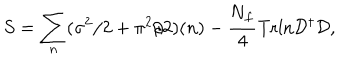
S = \sum _ { n } ( \sigma ^ { 2 } / 2 + \pi ^ { 2 } / 2 ) ( n ) - \frac { \mathrm { N } _ { f } } { 4 } \mathrm { T r l n } { \cal D } ^ { \dagger } { \cal D } ,